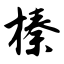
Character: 榛